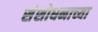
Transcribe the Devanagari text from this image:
संशोधनाच्‍या